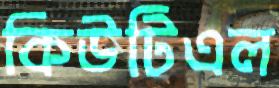
কিউটিএল